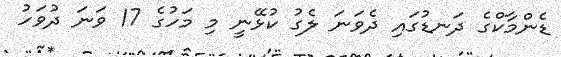
ޑެންމާކްގެ ދަނޑުގައި ދެވަނަ ލެގު ކުޅޭނީ މި މަހުގެ 17 ވަނަ ދުވަހު